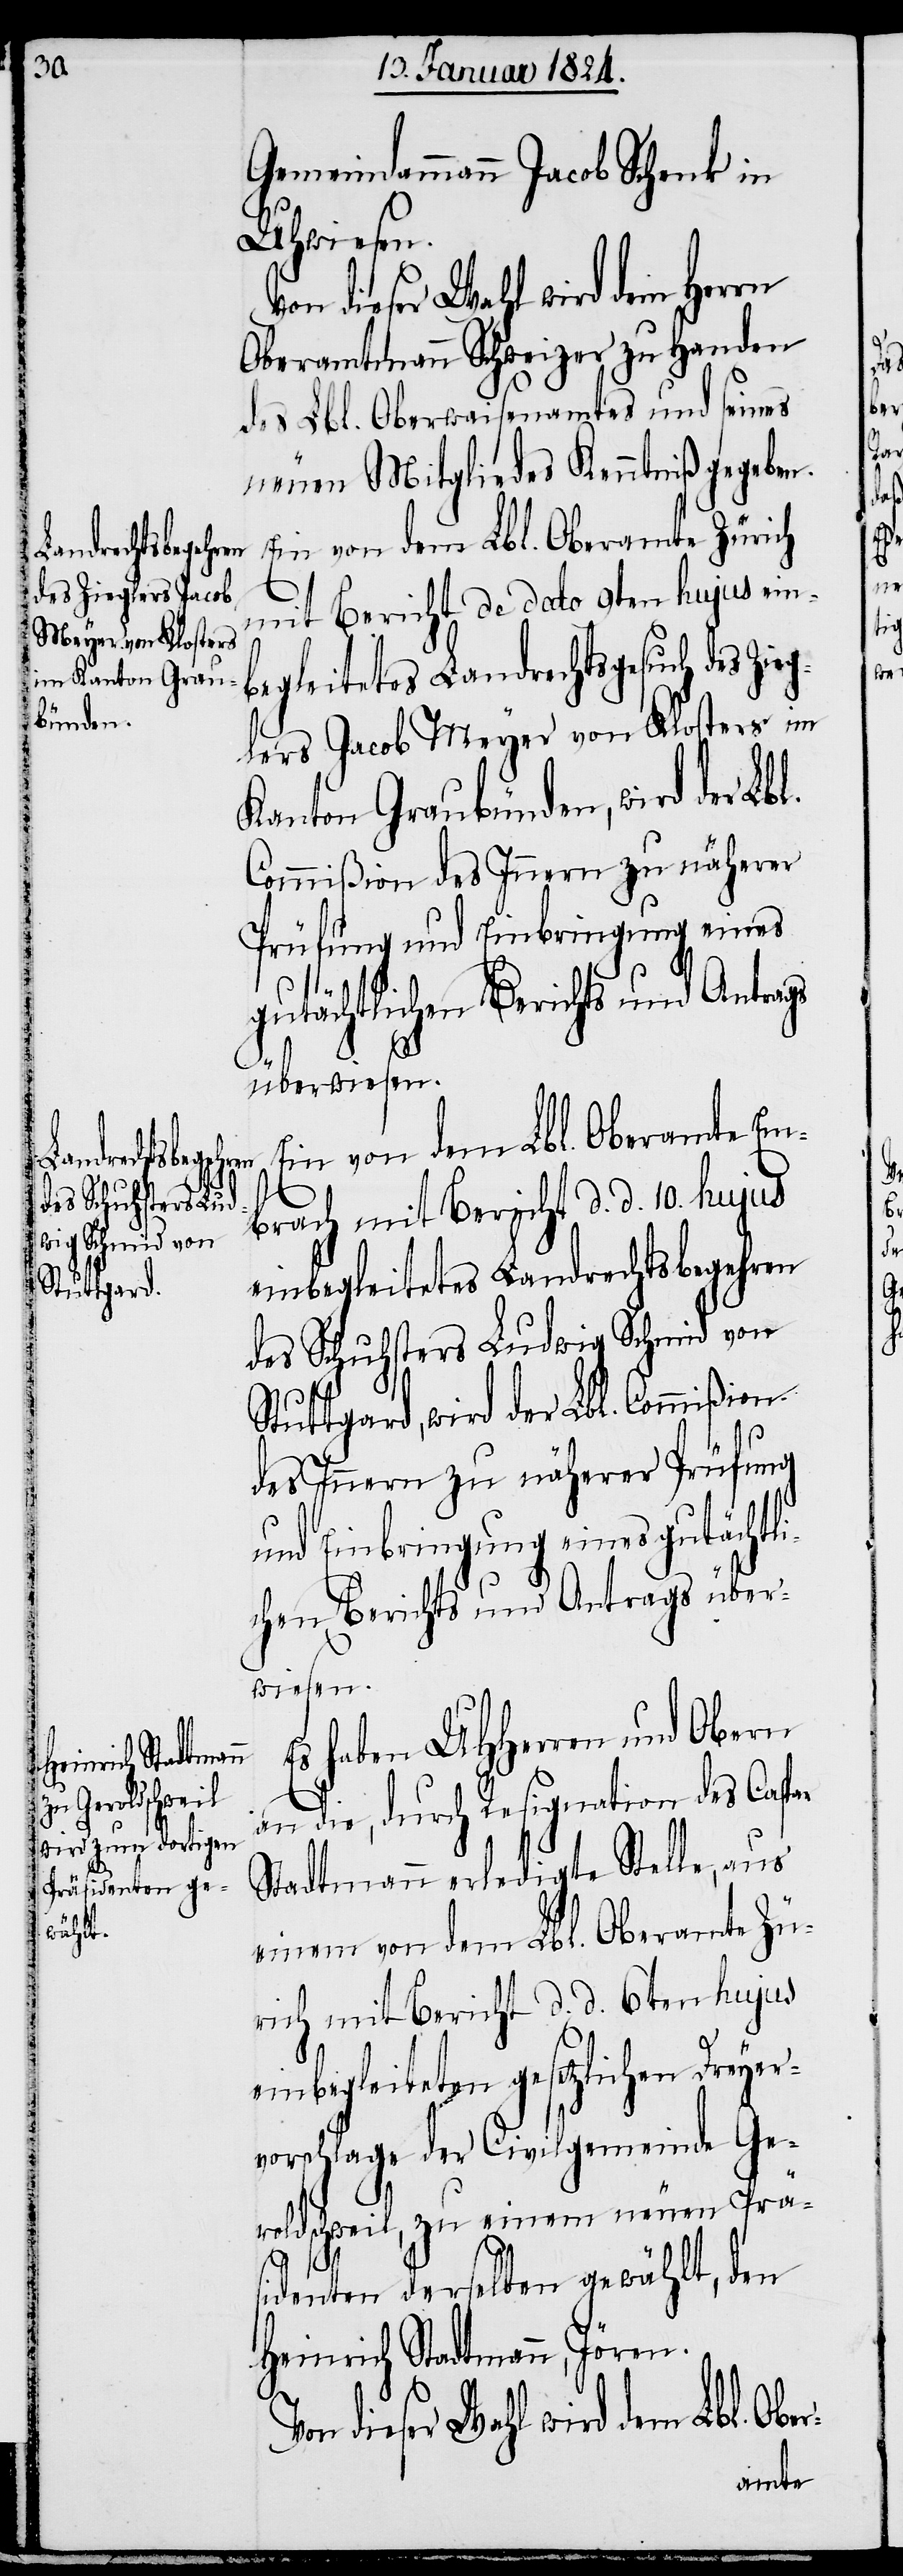
Gemeindammann Jacob Schenk in
Uhwiesen.
Von dieser Wahl wird dem Herrn
Oberamtmann Schweizer zu Handen
des Lbl. Oberwaisenamtes und seines
neuen Mitgliedes Kenntniß gegeben.
Ein von dem Lbl. Oberamte Zürich
mit Bericht de dato 9ten hujus ein¬
begleitetes Landrechtsgesuch des Zie¬
glers Jacob Meyer von Klosters im
Kanton Graubünden, wird der Lbl.
Commißion des Innern zu näherer
Prüfung und Einbringung eines
gutächtlichen Berichts und Antrags
überwiesen.
Ein von dem Lbl. Oberamte Em¬
brach mit Bericht d. d. 10.
einbegleitetes Landrechtsbegehren
des Schuhsters Ludwig Schmid von
Stuttgard, wird der Lbl. Commißion
des Innern zu näherer Prüfung
und Einbringung eines gutächtli¬
chen Berichts und Antrags über¬
wiesen.
Es haben UHHerren und Obern
an die, durch Resignation des Caspar
Stadtmann erledigte Stelle, aus
einem von dem Lbl. Oberamte Zü¬
rich mit Bericht d. d. 6ten hujus
einbegleiteten gesetzlichen Dreyer¬
vorschlage der Civilgemeinde Ge¬
roldschweil, zu einem neuen Präs¬
r-
identen derselben gewählt, den
Heinrich Stadtmann, Jören.
dieser Wahl wird dem Lbl. Obe¬